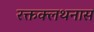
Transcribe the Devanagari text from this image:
रक्तक्लथनास